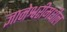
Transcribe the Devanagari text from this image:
ज्ञानेश्वरीमधील